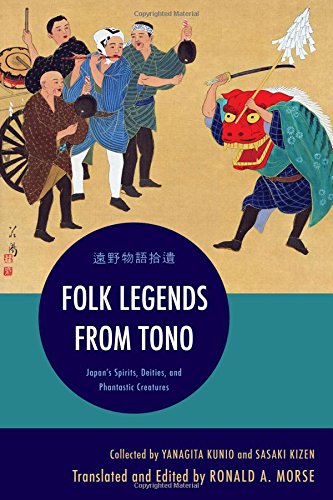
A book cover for Folk Legends from Tono: Japan's Spirits, Deities, and Phantastic Creatures; History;